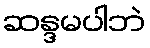
ဆန္ဒမပါဘဲ